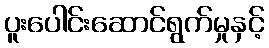
ပူးပေါင်းဆောင်ရွက်မှုနှင့်